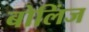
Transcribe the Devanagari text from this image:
बोलिंज